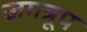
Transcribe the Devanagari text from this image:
जगत्रूप